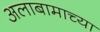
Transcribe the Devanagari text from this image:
अलाबामाच्या